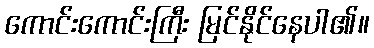
ကောင်းကောင်းကြီး မြင်နိုင်နေပါ၏။